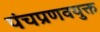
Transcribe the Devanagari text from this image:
पंचप्रणवयुक्त